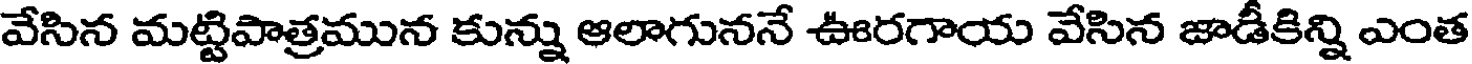
వేసిన మట్టిపాత్రమున కున్ను ఆలాగుననే ఊరగాయ వేసిన జాడీకిన్ని ఎంత